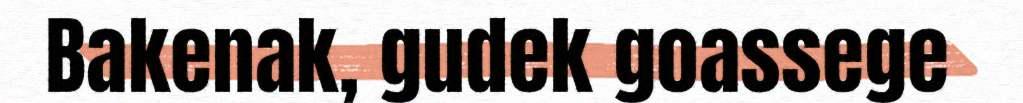
Bakenak, gudek goassege